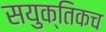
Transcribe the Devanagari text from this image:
सयुक्तिकच